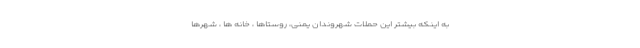
به اینکه بیشتر این حملات شهروندان یمنی، روستاها ، خانه ها ، شهرها